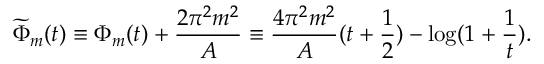
\widetilde { \Phi } _ { m } ( t ) \equiv \Phi _ { m } ( t ) + \frac { 2 \pi ^ { 2 } m ^ { 2 } } { A } \equiv \frac { 4 \pi ^ { 2 } m ^ { 2 } } { A } ( t + \frac { 1 } { 2 } ) - \log ( 1 + \frac { 1 } { t } ) .